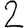
Digit: 2